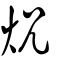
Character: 炾